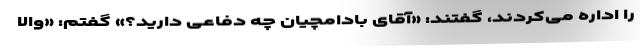
را اداره می‌کردند، گفتند: «آقای بادامچیان چه دفاعی دارید؟» گفتم: «والا